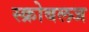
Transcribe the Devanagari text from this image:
स्क्रोबलज